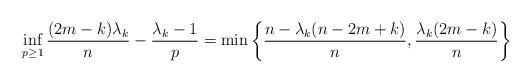
LaTeX: \begin{align*}\inf_{p\ge 1}\frac{(2m-k)\lambda_k}{n}-\frac{\lambda_k-1}{p}=\min\left\{\frac{n-\lambda_k(n-2m+k)}{n},\frac{\lambda_k(2m-k)}{n}\right\}\end{align*}